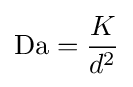
\mathrm {Da} ={\frac {K}{d^{2}}}